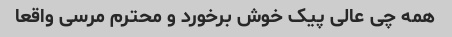
همه چی عالی پیک خوش برخورد و محترم مرسی واقعا